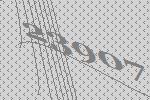
23907